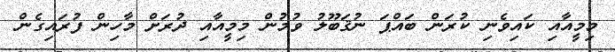
މިމީއާއި ކައިވެނި ކުރަން ބައްޕަ ނުޤަބޫލު ވުމުން މިމީއާއި ދުރަށް މާހިން ފުރައިގެން